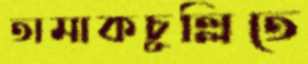
তামাকচুল্লিতে